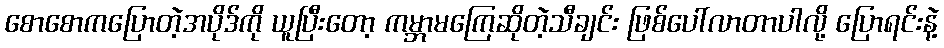
စောစောကပြောတဲ့အပိုဒ်ကို ယူပြီးတော့ ကမ္ဘာမကြေဆိုတဲ့သီချင်း ဖြစ်ပေါ်လာတာပါလို့ ပြောရင်းနဲ့